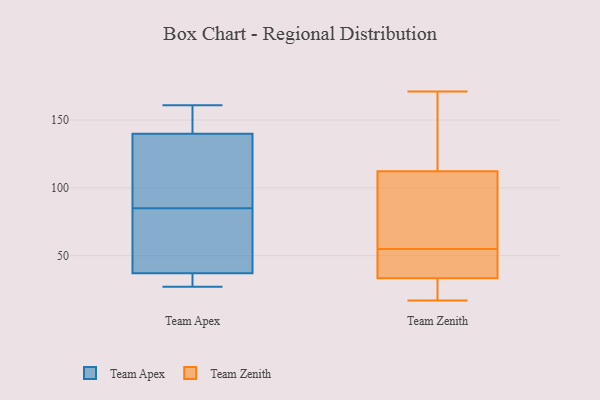
{"axis": {"x": "Gross Profit (USD K)", "y": "Value"}, "legend": ["Team Apex", "Team Zenith"], "data": [{"x": "", "y": 93, "type": "Team Apex"}, {"x": "", "y": 77, "type": "Team Apex"}, {"x": "", "y": 105, "type": "Team Apex"}, {"x": "", "y": 37, "type": "Team Apex"}, {"x": "", "y": 32, "type": "Team Apex"}, {"x": "", "y": 156, "type": "Team Apex"}, {"x": "", "y": 27, "type": "Team Apex"}, {"x": "", "y": 161, "type": "Team Apex"}, {"x": "", "y": 140, "type": "Team Apex"}, {"x": "", "y": 41, "type": "Team Apex"}, {"x": "", "y": 21, "type": "Team Zenith"}, {"x": "", "y": 55, "type": "Team Zenith"}, {"x": "", "y": 131, "type": "Team Zenith"}, {"x": "", "y": 37, "type": "Team Zenith"}, {"x": "", "y": 90, "type": "Team Zenith"}, {"x": "", "y": 22, "type": "Team Zenith"}, {"x": "", "y": 17, "type": "Team Zenith"}, {"x": "", "y": 57, "type": "Team Zenith"}, {"x": "", "y": 106, "type": "Team Zenith"}, {"x": "", "y": 53, "type": "Team Zenith"}, {"x": "", "y": 140, "type": "Team Zenith"}, {"x": "", "y": 171, "type": "Team Zenith"}, {"x": "", "y": 46, "type": "Team Zenith"}]}